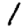
Digit: 1